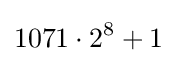
1071\cdot 2^{8}+1